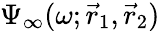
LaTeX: \Psi_{\infty}(\omega;\vec{r}_{1},\vec{r}_{2})